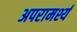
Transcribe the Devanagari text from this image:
अपरामर्श्य